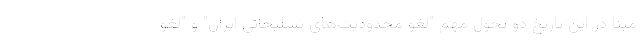
مبنا در این تاریخ دو تحول مهم "لغو محدودیت‌های تسلیحاتی ایران" و "لغو